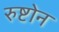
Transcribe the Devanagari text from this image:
रुष्टोन